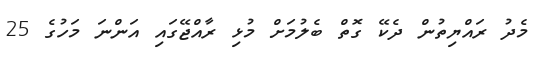
މެދު ރައްޔިތުން ދެކޭ ގޮތް ބެލުމަށް މުޅި ރާއްޖޭގައި އަންނަ މަހުގެ 25